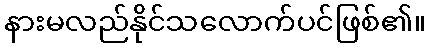
နားမလည်နိုင်သလောက်ပင်ဖြစ်၏။